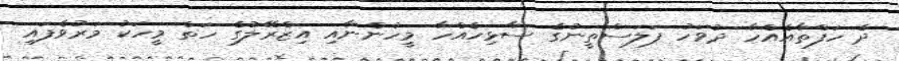
ދެ ހަފްތާއެއްހާ ދުވަހު ފަލަސްތީނުގެ ސާޅިހެއްހާ މީހުންނާއި އިޒްރޭލުގެ ހަތް މީހަކު މަރުވެފައި